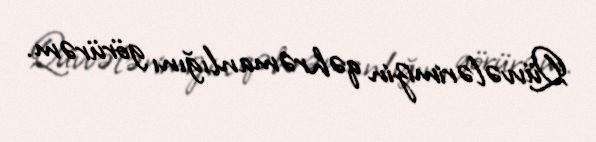
Qüvvələrimizin qəhrəmanlığını görürəm.